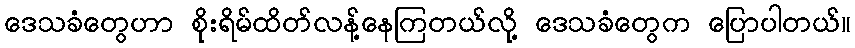
ဒေသခံတွေဟာ စိုးရိမ်ထိတ်လန့်နေကြတယ်လို့ ဒေသခံတွေက ပြောပါတယ်။